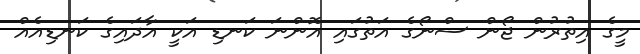
މީގެ އިތުރުން ޖޯން ސްނޯގެ އަތުގައި އޮންނަ ކަނޑި އަކީ އާދައިގެ ކަނޑިއެއް